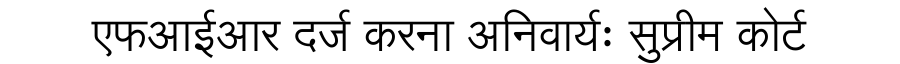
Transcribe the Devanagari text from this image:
एफआईआर दर्ज करना अनिवार्यः सुप्रीम कोर्ट